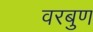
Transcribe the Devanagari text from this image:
वरबुण